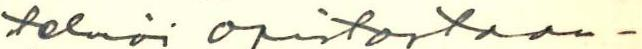
telmöi opistostaan -